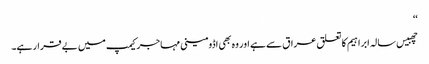
‘‘
چھبیس سالہ ابراہیم کا تعلق عراق سے ہے اور وہ بھی اڈومینی مہاجر کیمپ میں بے قرار ہے۔